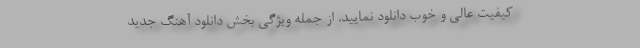
کیفیت عالی و خوب دانلود نمایید. از جمله ویژگی بخش دانلود آهنگ جدید